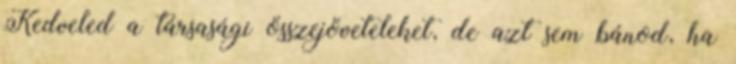
Kedveled a társasági összejöveteleket, de azt sem bánod, ha